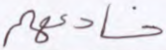
خادعهم